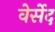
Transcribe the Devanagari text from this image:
वेर्सेद